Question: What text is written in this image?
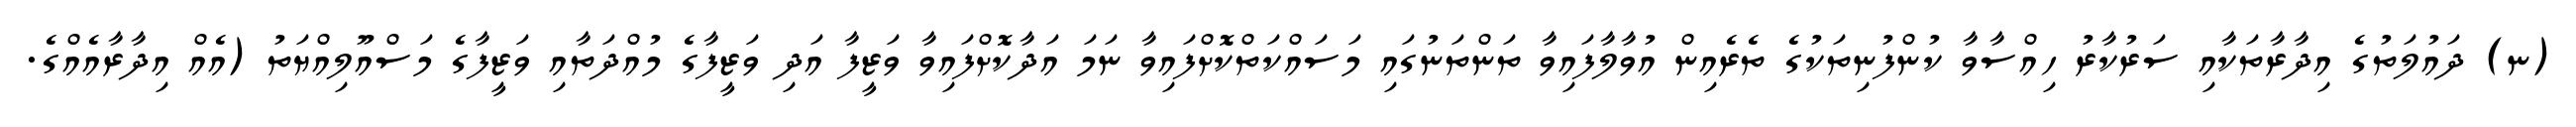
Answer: (ނ) ދައުލަތުގެ އިދާރާތަކާއި ސަރުކާރު ހިއްސާވާ ކުންފުނިތަކުގެ ތެރެއިން އުވާލާފައިވާ ތަންތަނުގައި މަސައްކަތްކޮށްފައިވާ ނަމަ އަދާކޮށްފައިވާ ވަޒީފާ އަދި ވަޒީފާގެ މުއްދަތާއި ވަޒީފާގެ މަސްއޫލިއްޔަތު (އެއް އިދާރާއެއްގެ.